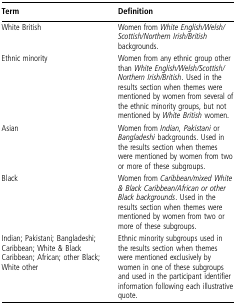
| Term | Definition |
 | --- | --- |
 | White British | Women from White English/Welsh/Scottish/Northern Irish/British backgrounds. |
 | Ethnic minority | Women from any ethnic group other than White English/Welsh/Scottish/Northern Irish/British. Used in the results section when themes were mentioned by women from several of the ethnic minority groups, but not mentioned by White British women. |
 | Asian | Women from Indian, Pakistani or Bangladeshi backgrounds. Used in the results section when themes were mentioned by women from two or more of these subgroups. |
 | Black | Women from Caribbean/mixed White & Black Caribbean/African or other Black backgrounds. Used in the results section when themes were mentioned by women from two or more of these subgroups. |
 | Indian; Pakistani; Bangladeshi; Caribbean; White & Black Caribbean; African; other Black; White other | Ethnic minority subgroups used in the results section when themes were mentioned exclusively by women in one of these subgroups and used in the participant identifier information following each illustrative quote. |